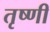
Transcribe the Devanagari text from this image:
तृष्णी